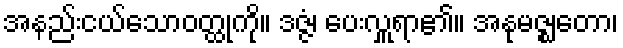
အနည်းငယ်သောဝတ္ထုကို။ ဒဇ္ဇံ၊ ပေးလှူရာ၏။ အနုမဇ္ဈတော၊